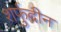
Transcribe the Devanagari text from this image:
शर्फुदीन